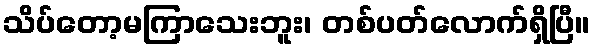
သိပ်တော့မကြာသေးဘူး၊ တစ်ပတ်လောက်ရှိပြီ။